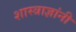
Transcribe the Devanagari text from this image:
शास्त्राज्ञांनी